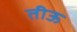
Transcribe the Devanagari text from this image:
तीऊ